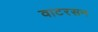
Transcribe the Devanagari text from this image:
वाटरसन